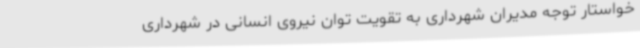
خواستار توجه مدیران شهرداری به تقویت توان نیروی انسانی در شهرداری